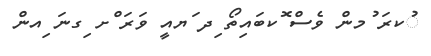
ުކރަ ުމން ވެސް ޮކބައިތޯ ިދ ަޔއީ ވަރަ ްށ ިގނަ ިއން